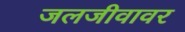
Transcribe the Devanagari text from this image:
जलजीवावर